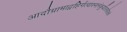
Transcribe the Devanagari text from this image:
आदौग्रामाद्वहिर्गत्वास्नानंकुर्यात्सचैलकं